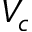
V _ { c }